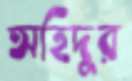
অহিদুর